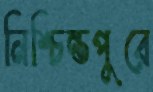
নিশ্চিন্তপুরে